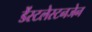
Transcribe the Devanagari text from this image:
डेंस्टलेस्टनजेन